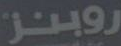
روبنز